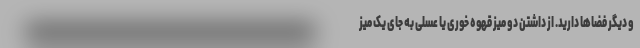
و دیگر فضاها دارید. از داشتن دو میز قهوه خوری یا عسلی به جای یک میز